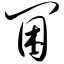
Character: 阃